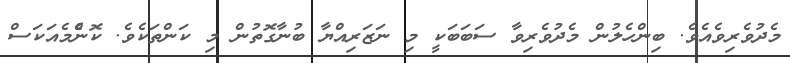
މެދުވެރިވެއެވެ. ބިންހެލުން މެދުވެރިވާ ސަބަބަކީ މި ނަޒަރިއްޔާ ބުނާގޮތުން މި ކަންތަކެވެ. ކޮންެމެއަކަސް